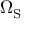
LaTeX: \Omega _ { \mathrm { { S } } }